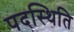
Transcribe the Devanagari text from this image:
पदस्थिति